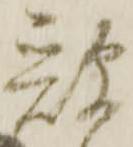
歌